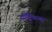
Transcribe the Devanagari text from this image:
वॉट्किन्स